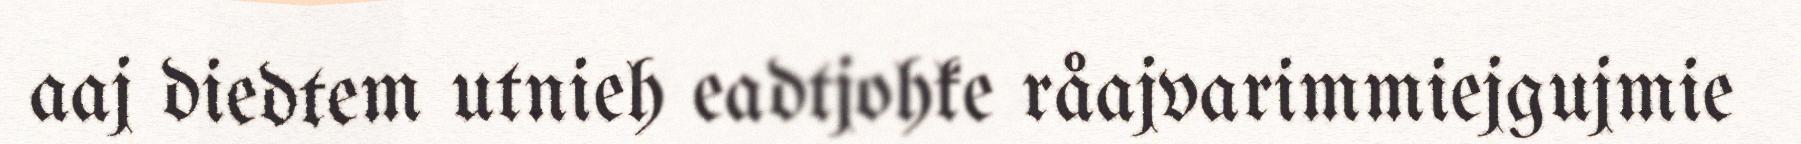
aaj diedtem utnieh eadtjohke råajvarimmiejgujmie